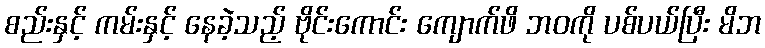
စည်းနှင့် ကမ်းနှင့် နေခဲ့သည့် ဗိုင်းကောင်း ကျောက်ဖိ ဘဝကို ပစ်ပယ်ပြီး မိဘ